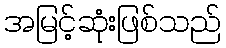
အမြင့်ဆုံးဖြစ်သည်